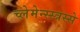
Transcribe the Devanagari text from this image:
च्लेमेन्स्स्त्रस्से